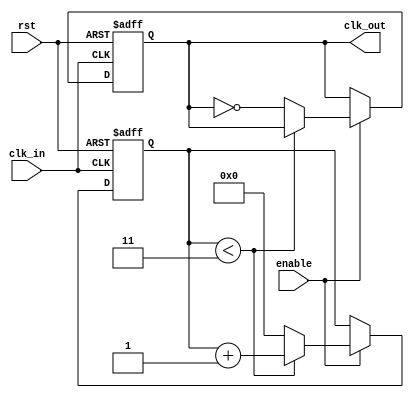
module frequency_divider_counter #(
    parameter N = 4  // Default division factor
)(
    input wire clk_in,    // Input clock
    input wire rst,       // Asynchronous reset
    input wire enable,    // Enable signal
    output reg clk_out    // Output clock
);

    // Counter variable (using a memory block, e.g., a register)
    reg [31:0] counter;   // 32-bit counter to hold the current count

    // Sequential logic for counting and output generation
    always @(posedge clk_in or posedge rst) begin
        if (rst) begin
            counter <= 0;  // Asynchronous reset
            clk_out <= 0;  // Reset output clock to low
        end else if (enable) begin
            if (counter < N - 1) begin
                counter <= counter + 1;  // Increment the counter
            end else begin
                counter <= 0;             // Reset counter
                clk_out <= ~clk_out;      // Toggle output clock
            end
        end
    end

endmodule